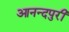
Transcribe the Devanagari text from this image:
आनन्दपुरी